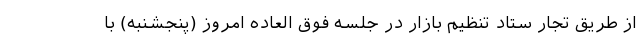
از طریق تجار ستاد تنظیم بازار در جلسه فوق العاده امروز (پنجشنبه) با